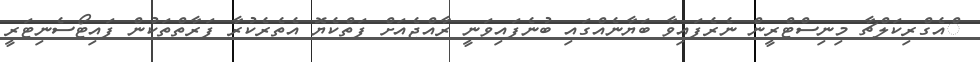
ްއެގްރިކަލްޗާ މިނިސްޓްރީން ނެރެފައިވާ ބަޔާނެއްގައި ބުނެފައިވަނީ ރާއްޖެއަށް ފަތްކެޔޮ އެތެރެކުރާ ފަރާތްތަކުން ފައިޓޯސެނިޓަރީ